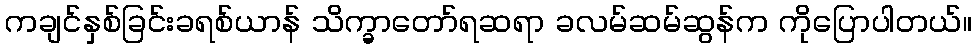
ကချင်နှစ်ခြင်းခရစ်ယာန် သိက္ခာတော်ရဆရာ ခလမ်ဆမ်ဆွန်က ကိုပြောပါတယ်။